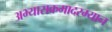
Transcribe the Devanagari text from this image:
अभ्यासक्रमादरम्यान